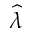
\widehat { \lambda }